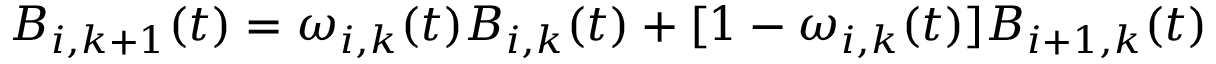
B _ { i , { k + 1 } } ( t ) = \omega _ { i , k } ( t ) B _ { i , k } ( t ) + [ 1 - \omega _ { i , k } ( t ) ] B _ { i + 1 , k } ( t )